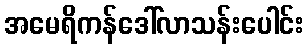
အမေရိကန်ဒေါ်လာသန်းပေါင်း